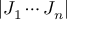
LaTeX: | J _ { 1 } \cdots J _ { n } |